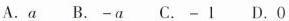
A.a B.-a C.-1 D.0